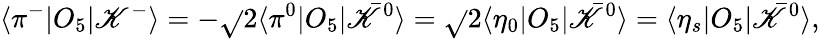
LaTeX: \langle{\pi^{-}|O_{5}|\mathscr{K}^{-}}\rangle=-\sqrt{}{{2}}\langle{\pi^{0}|O_{5}|\bar{{\mathscr{K}}}^{0}}\rangle=\sqrt{}{{2}}\langle{\eta_{0}|O_{5}|\bar{{\mathscr{K}}}^{0}}\rangle=\langle{\eta_{s}|O_{5}|\bar{{\mathscr{K}}}^{0}}\rangle,